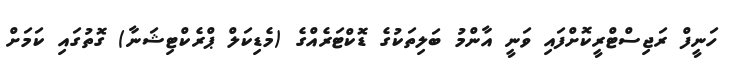
ހަނީފް ރަޖިސްޓްރީކޮށްފައި ވަނީ އާންމު ބަލިތަކުގެ ޑޮކްޓަރެއްގެ (މެޑިކަލް ޕްރެކްޓިޝަނާ) ގޮތުގައި ކަަމަށް